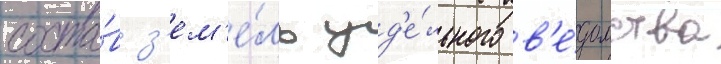
соста́в з'ем'е́ль уд'е́льного в'е́домства